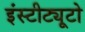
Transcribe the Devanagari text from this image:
इंस्टीट्यूटो